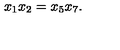
x _ { 1 } x _ { 2 } = x _ { 5 } x _ { 7 } .